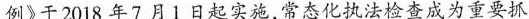
例》于2018年7月1日起实施，常态化执法检查成为重要抓